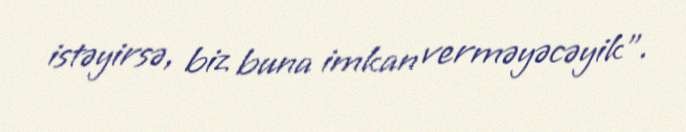
istəyirsə, biz buna imkan verməyəcəyik".